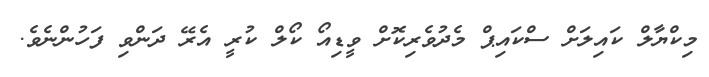
މިކްޔާލް ކައިލަށް ސްކައިޕް މެދުވެރިކޮށް ވީޑިއޯ ކޯލް ކުރީ އެރޭ ދަންވި ފަހުންނެވެ.